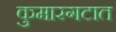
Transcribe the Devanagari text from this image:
कुमारगटात